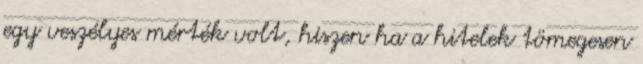
egy veszélyes mérték volt, hiszen ha a hitelek tömegesen